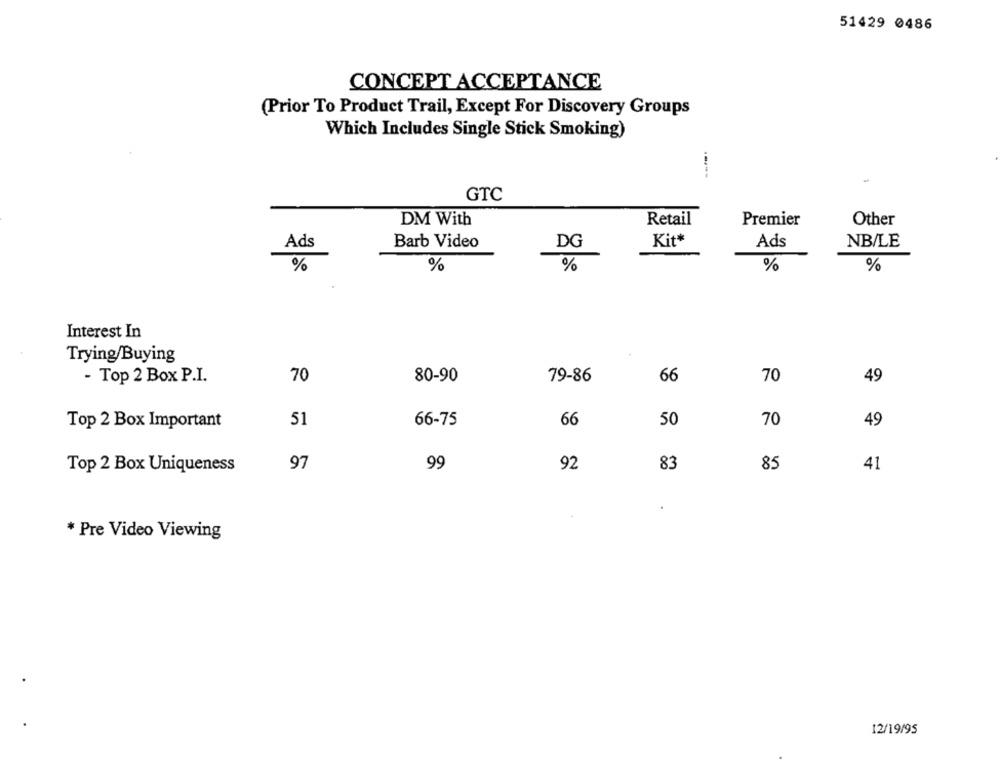
51429 0486
CONCEPT ACCEPTANCE
(Prior To Product Trail, Except For Discovery Groups
Which Includes Single Stick Smoking)
-----
GTC
DM With
Retail
Premier
Other
Ads
Barb Video
DG
Kit*
Ads
NB/LE
%
%
%
%
%
Interest In
Trying/Buying
- Top 2 Box P.I.
70
80-90
79-86
66
70
49
50
Top 2 Box Important
51
66-75
66
70
49
97
99
92
83
85
Top 2 Box Uniqueness
41
* Pre Video Viewing
12/19/95